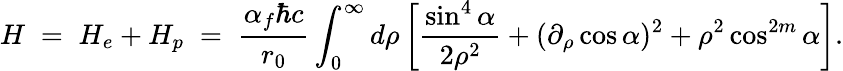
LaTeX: H\; =\; H_{e}+H_{p}\; =\; \frac{\alpha_{f}\hbar c}{r_{0}}\int_{0}^{\infty}{d\rho}\left[\frac{\sin^{4}\alpha}{2\rho^{2}}+(\partial_{\rho}\cos\alpha)^{2}+\rho^{2}\cos^{2m}\alpha\right].